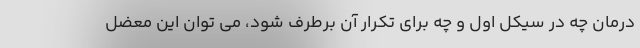
درمان چه در سیکل اول و چه برای تکرار آن برطرف شود، می توان این معضل